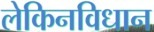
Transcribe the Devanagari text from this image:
लेकिनविधान